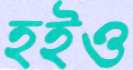
হইও